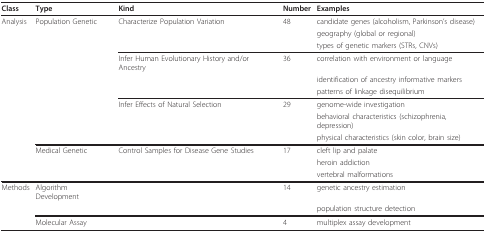
<table><thead><tr><td><b>Class</b></td><td><b>Type</b></td><td><b>Kind</b></td><td><b>Number</b></td><td><b>Examples</b></td></tr></thead><tbody><tr><td>Analysis</td><td>Population Genetic</td><td>Characterize Population Variation</td><td>48</td><td>candidate genes (alcoholism, Parkinson&#x27;s disease)</td></tr><tr><td></td><td></td><td></td><td></td><td>geography (global or regional)</td></tr><tr><td></td><td></td><td></td><td></td><td>types of genetic markers (STRs, CNVs)</td></tr><tr><td></td><td></td><td>Infer Human Evolutionary History and/or Ancestry</td><td>36</td><td>correlation with environment or language</td></tr><tr><td></td><td></td><td></td><td></td><td>identification of ancestry informative markers</td></tr><tr><td></td><td></td><td></td><td></td><td>patterns of linkage disequilibrium</td></tr><tr><td></td><td></td><td>Infer Effects of Natural Selection</td><td>29</td><td>genome-wide investigation</td></tr><tr><td></td><td></td><td></td><td></td><td>behavioral characteristics (schizophrenia, depression)</td></tr><tr><td></td><td></td><td></td><td></td><td>physical characteristics (skin color, brain size)</td></tr><tr><td></td><td>Medical Genetic</td><td>Control Samples for Disease Gene Studies</td><td>17</td><td>cleft lip and palate</td></tr><tr><td></td><td></td><td></td><td></td><td>heroin addiction</td></tr><tr><td></td><td></td><td></td><td></td><td>vertebral malformations</td></tr><tr><td>Methods</td><td>Algorithm Development</td><td></td><td>14</td><td>genetic ancestry estimation</td></tr><tr><td></td><td></td><td></td><td></td><td>population structure detection</td></tr><tr><td></td><td>Molecular Assay</td><td></td><td>4</td><td>multiplex assay development</td></tr></tbody></table>